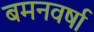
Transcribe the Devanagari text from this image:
बमनवर्षा